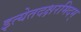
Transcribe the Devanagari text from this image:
इत्येतदक्षरमिदम्